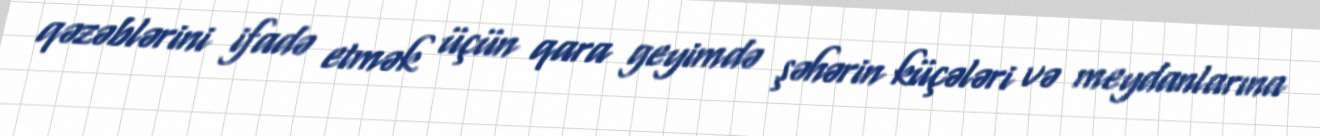
qəzəblərini ifadə etmək üçün qara geyimdə şəhərin küçələri və meydanlarına